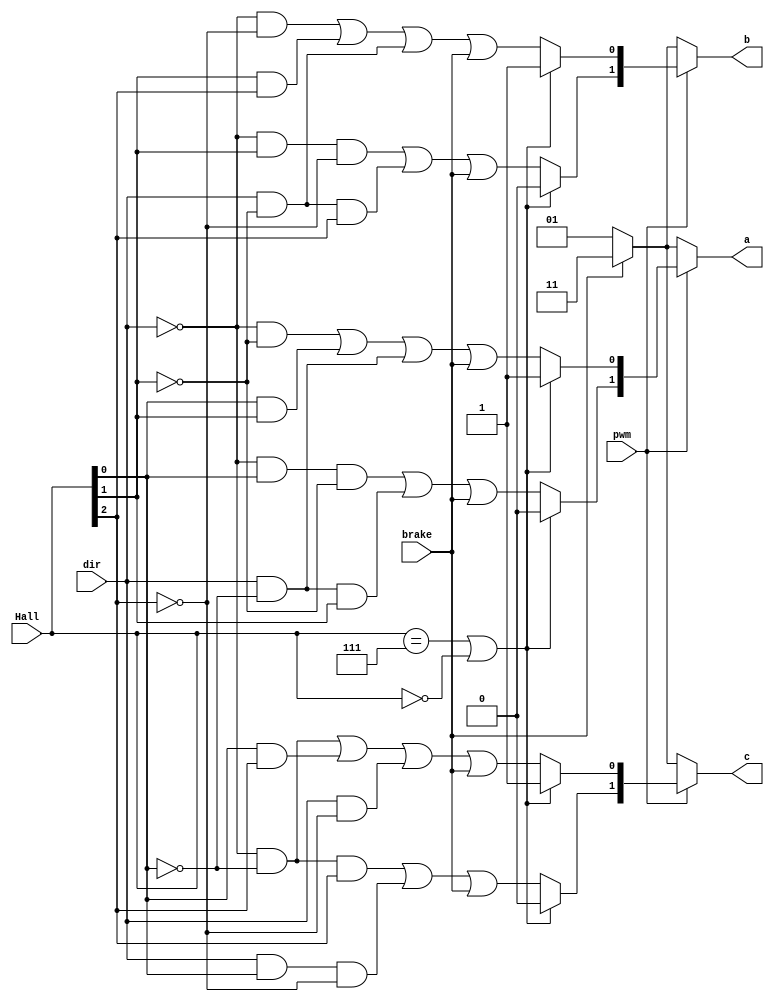
`timescale 1ns / 1ps
//////////////////////////////////////////////////////////////////////////////////
// Company: KRSSG
// 
// Design Name: 
// Module Name:    Motorcontrol 
// Project Name: 
// Target Devices: 
// Tool versions: 
// Description: 
//
// Dependencies: 
//
// Revision: 
// Revision 0.01 - File Created
// Additional Comments: 
//
//////////////////////////////////////////////////////////////////////////////////
module Motorcontrol(brake ,Hall, pwm ,dir , a ,b ,c );
input brake;
input [2:0]Hall;
input pwm;
input dir;
output [1:0]a;
output [1:0]b;
output [1:0]c;

reg [1:0]k;
reg [1:0]l;
reg [1:0]m;


wire H1 = Hall[0];
wire H2 = Hall[1];
wire H3 = Hall[2];

always@(Hall or pwm) 
begin
if(pwm) 
	begin
	if(Hall==7||Hall==0)
		begin
		k=2'b01;
		l=2'b01;
		m=2'b01;
		end
	else 
		begin
		k[0]=(((~dir&~H2)|(H1&H2)|(dir&~H1))|brake);
		k[1]=(((~dir&H1&~H2)|(dir&~H1&H2))|brake);
		l[0]=(((~dir&~H3)|(H2&H3)|(dir&~H2))|brake);
		l[1]=(((~dir&H2&~H3)|(dir&~H2&H3))|brake);
		m[0]=(((~dir&~H1)|(H1&H3)|(dir&~H3))|brake);
		m[1]=(((~dir&~H1&H3)|(dir&H1&~H3))|brake);
		end
	end
else 
	begin
		if(brake==1) 
			begin
			k=2'b11;
			l=2'b11;
			m=2'b11;
			end
		else
			begin
			k=2'b01;
			l=2'b01;
			m=2'b01;
			end
	end
end
assign a=k;
assign b=l;
assign c=m;

endmodule